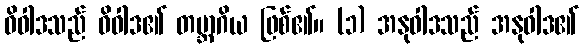
ဝိဝါဒသည် ဝိဝါဒ၏ တဗ္ဘာဂိယ ဖြစ်၏။ (၁) အနုဝါဒသည် အနုဝါဒ၏